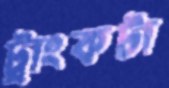
ট্রাংকটা